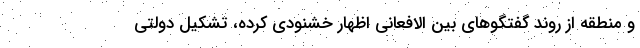
و منطقه از روند گفتگوهای بین الافعانی اظهار خشنودی کرده، تشکیل دولتی